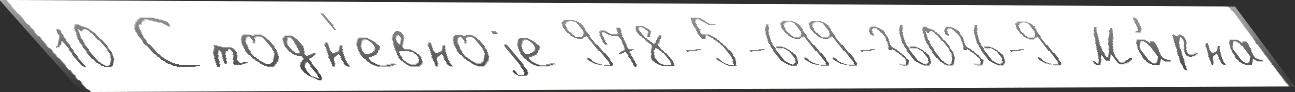
10 Стодн'евноjе 978-5-699-36036-9 Ма́рна